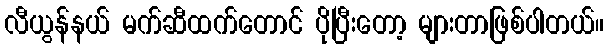
လီယွန်နယ် မက်ဆီထက်တောင် ပိုပြီးတော့ များတာဖြစ်ပါတယ်။